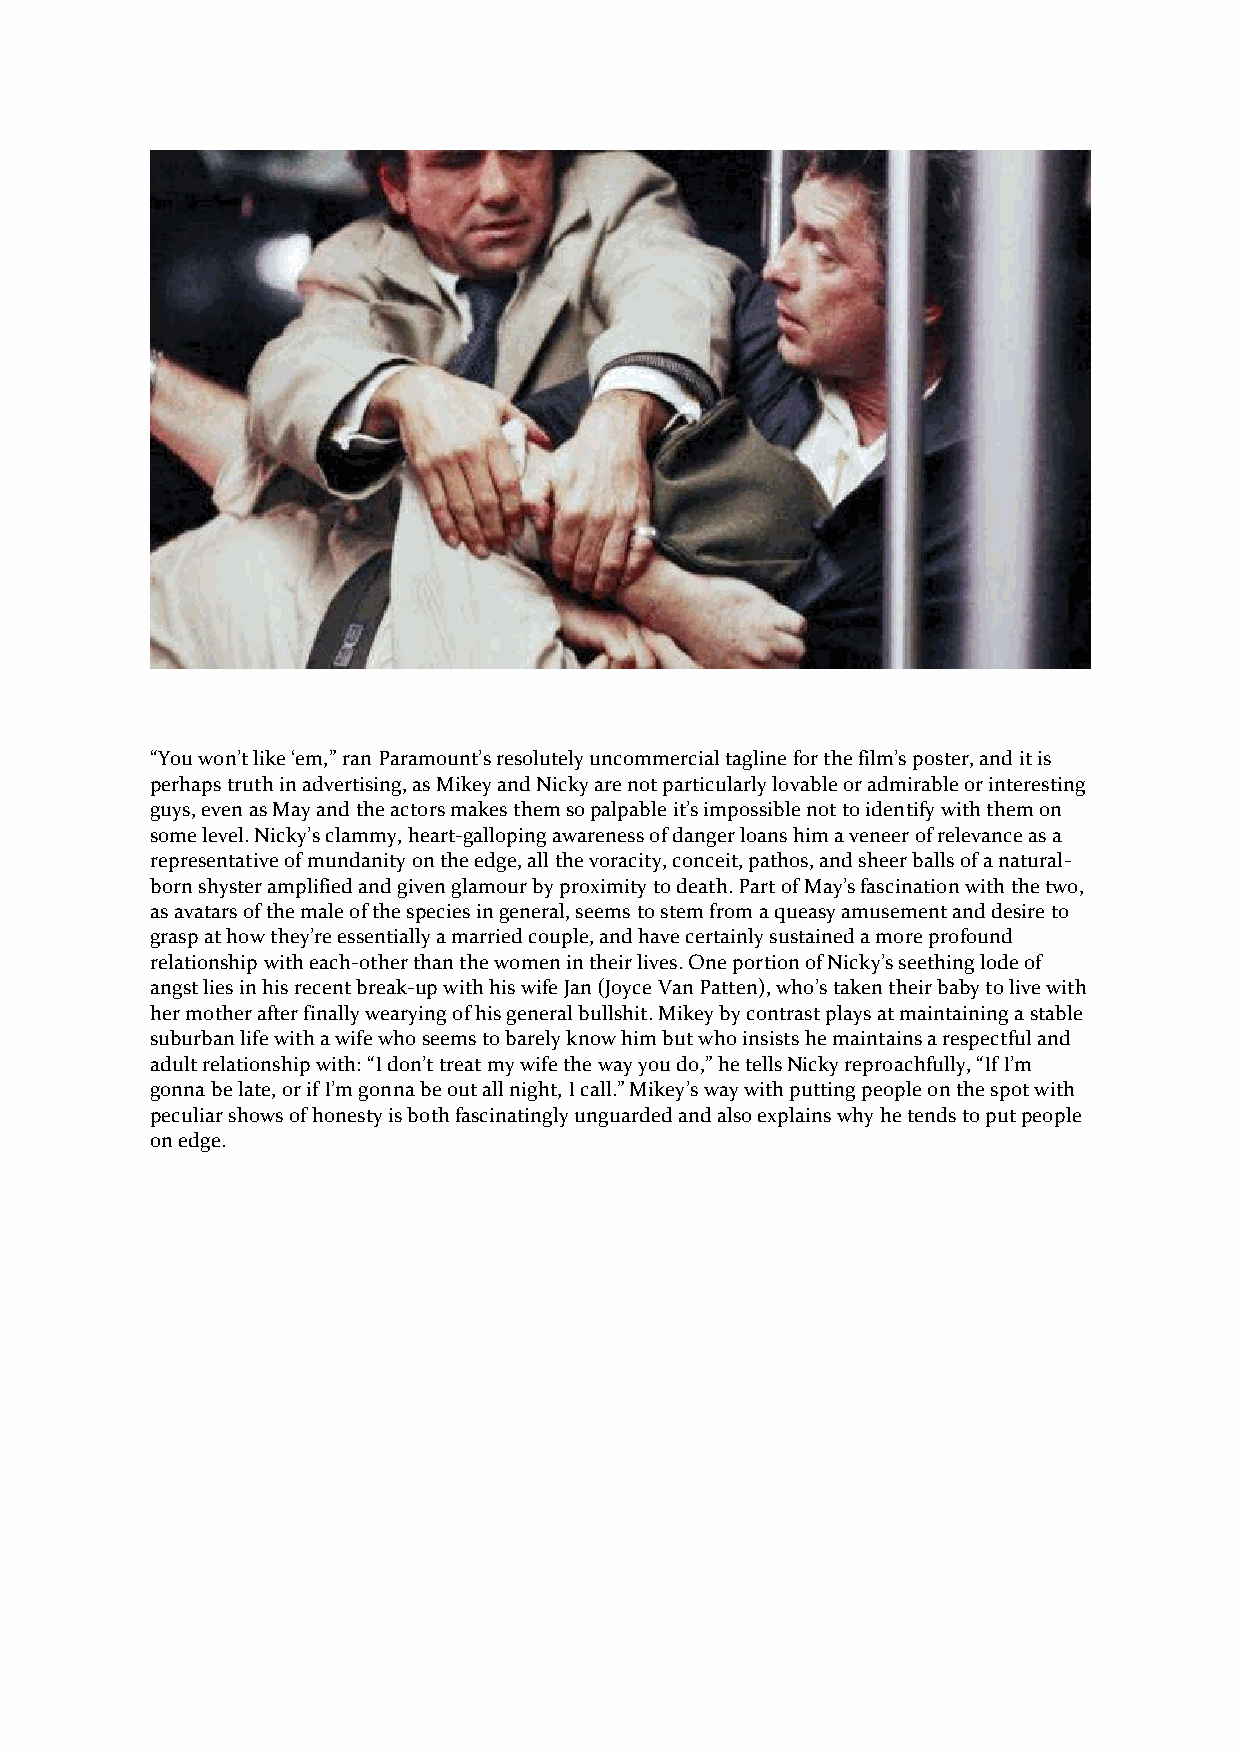
“You won’t like ‘em,” ran Paramount’s resolutely uncommercial tagline for the film’s poster, and it is
 perhaps truth in advertising, as Mikey and Nicky are not particularly lovable or admirable or interesting
 guys, even as May and the actors makes them so palpable it’s impossible not to identify with them on
 some level. Nicky’s clammy, heart-galloping awareness of danger loans him a veneer of relevance as a
 representative of mundanity on the edge, all the voracity, conceit, pathos, and sheer balls of a natural-
 born shyster amplified and given glamour by proximity to death. Part of May’s fascination with the two,
 as avatars of the male of the species in general, seems to stem from a queasy amusement and desire to
 grasp at how they’re essentially a married couple, and have certainly sustained a more profound
 relationship with each-other than the women in their lives. One portion of Nicky’s seething lode of
 angst lies in his recent break-up with his wife Jan (Joyce Van Patten), who’s taken their baby to live with
 her mother after finally wearying of his general bullshit. Mikey by contrast plays at maintaining a stable
 suburban life with a wife who seems to barely know him but who insists he maintains a respectful and
 adult relationship with: “I don’t treat my wife the way you do,” he tells Nicky reproachfully, “If I’m
 gonna be late, or if I’m gonna be out all night, I call.” Mikey’s way with putting people on the spot with
 peculiar shows of honesty is both fascinatingly unguarded and also explains why he tends to put people
 on edge.